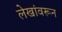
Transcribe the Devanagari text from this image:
लेखांवरून